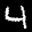
Label: 4